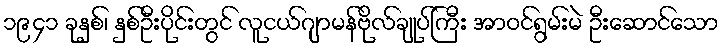
၁၉၄၁ ခုနှစ်၊ နှစ်ဦးပိုင်းတွင် လူငယ်ဂျာမန်ဗိုလ်ချုပ်ကြီး အာဝင်ရွမ်းမဲ ဦးဆောင်သော